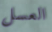
العسل